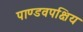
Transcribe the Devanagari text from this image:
पाण्डवपक्षिय